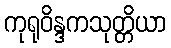
ကုရုဝိန္ဒကသုတ္တိယာ